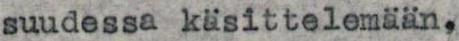
suudessa käsittelemään.